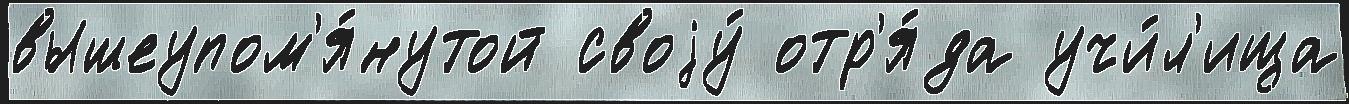
вышеупом'я́нутой своjу́ отр'я́да учи́л'ища